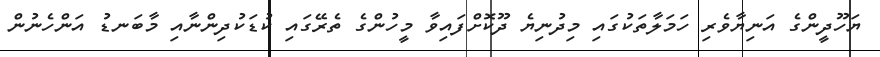
ޔަހޫދީންގެ އަނިޔާވެރި ހަމަލާތަކުގައި މިދުނިޔެ ދޫކޮށްފައިވާ މީހުންގެ ތެރޭގައި ކުޑަކުދިންނާއި މާބަނޑު އަންހެނުން